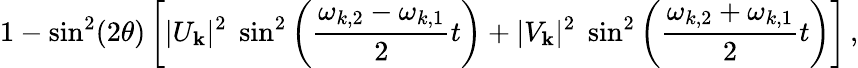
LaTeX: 1-\sin^{2}(2\theta)\left[|U_{{\mathbf k}}|^{2}\; \sin^{2}\left(\frac{\omega_{k,2}-\omega_{k,1}}{2}t\right)+|V_{{\mathbf k}}|^{2}\; \sin^{2}\left(\frac{\omega_{k,2}+\omega_{k,1}}{2}t\right)\right]\, ,